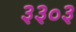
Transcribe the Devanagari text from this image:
३३०३